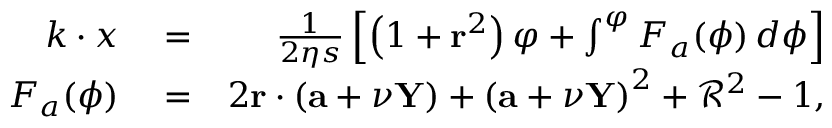
\begin{array} { r l r } { k \cdot x } & { { } = } & { \frac { 1 } { 2 \eta s } \left[ \left( 1 + \mathbf { r } ^ { 2 } \right) \varphi + \int ^ { \varphi } F _ { a } ( \phi ) \, d \phi \right] } \\ { F _ { a } ( \phi ) } & { { } = } & { 2 \mathbf { r } \cdot ( \mathbf { a } + \nu \mathbf { Y } ) + \left( \mathbf { a } + \nu \mathbf { Y } \right) ^ { 2 } + \mathcal { R } ^ { 2 } - 1 , } \end{array}